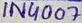
Text: 1N4007